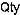
QTY